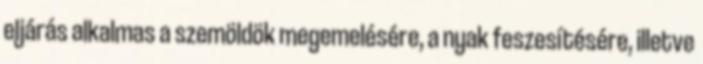
eljárás alkalmas a szemöldök megemelésére, a nyak feszesítésére, illetve